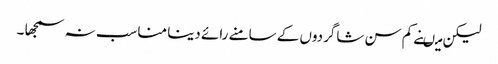
لیکن میںنے کم سن شاگردوں کے سامنے رائے دینا مناسب نہ سمجھا ۔